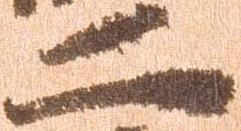
二